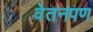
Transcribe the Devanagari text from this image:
वेतनपण